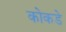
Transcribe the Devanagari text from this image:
कोकडे